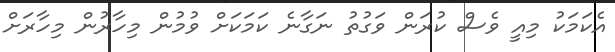
އެކަމަކު މިއީ ވެސް ކުރަން ވަގުތު ނަގާނެ ކަމަކަށް ވުމުން މިހާރުން މިހާރަށް